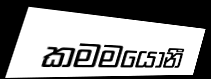
කමමයොනී